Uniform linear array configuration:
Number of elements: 64
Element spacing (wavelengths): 1
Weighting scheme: hann
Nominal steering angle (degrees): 0
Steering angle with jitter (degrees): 1.167
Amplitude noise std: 0.05
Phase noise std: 0.05

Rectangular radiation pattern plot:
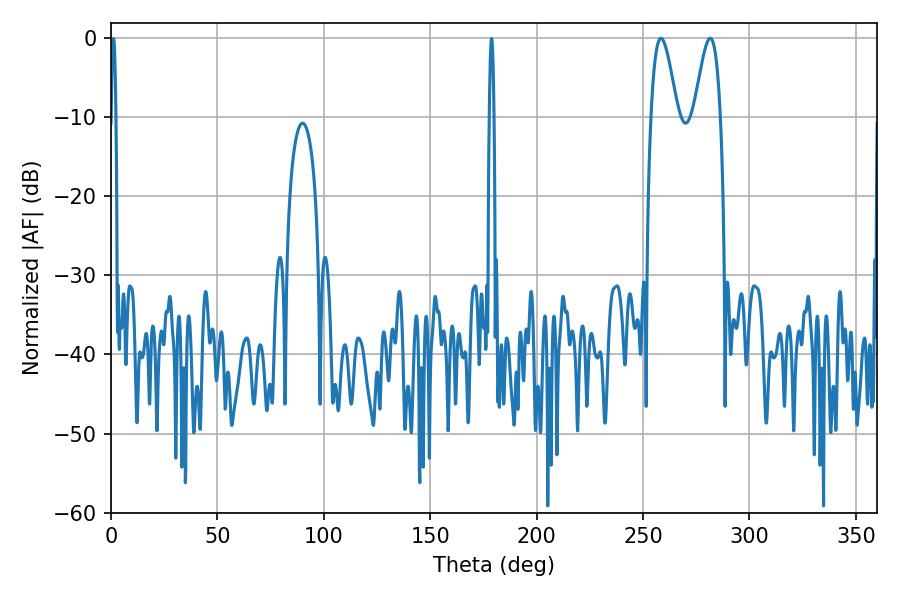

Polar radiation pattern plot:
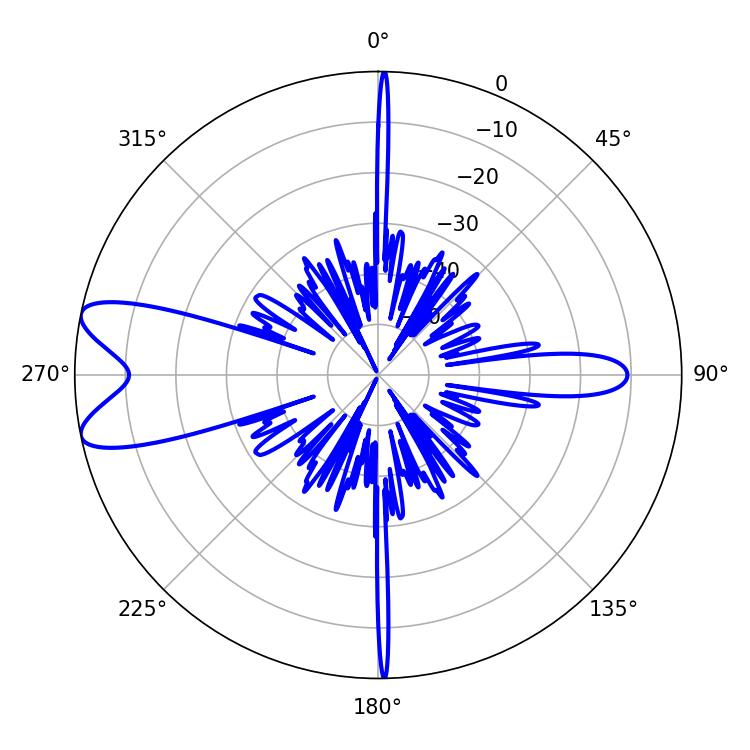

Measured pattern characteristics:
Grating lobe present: TRUE
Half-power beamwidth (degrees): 6.66
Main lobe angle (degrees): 258.48